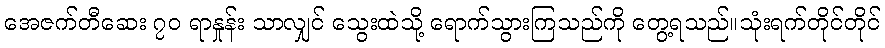
အေဇက်တီဆေး ၇၀ ရာနှုန်း သာလျှင် သွေးထဲသို့ ရောက်သွားကြသည်ကို တွေ့ရသည်။သုံးရက်တိုင်တိုင်